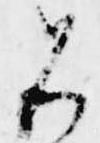
名